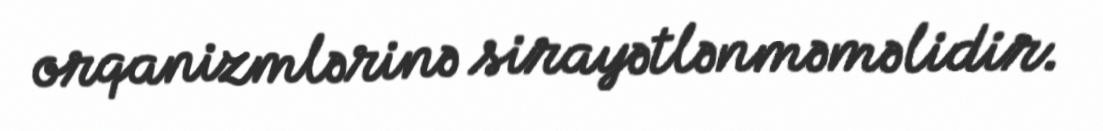
orqanizmlərinə sirayətlənməməlidir.